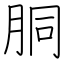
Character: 胴